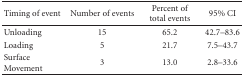
<table><thead><tr><td><b>Timing of event</b></td><td><b>Number of events</b></td><td><b>Percent of total events</b></td><td><b>95% CI</b></td></tr></thead><tbody><tr><td>Unloading</td><td>15</td><td>65.2</td><td>42.7–83.6</td></tr><tr><td>Loading</td><td>5</td><td>21.7</td><td>7.5–43.7</td></tr><tr><td>Surface Movement</td><td>3</td><td>13.0</td><td>2.8–33.6</td></tr></tbody></table>